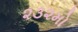
૨૩૨મો